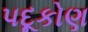
પદૂકોણ